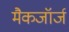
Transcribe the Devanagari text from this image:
मैकजॉर्ज